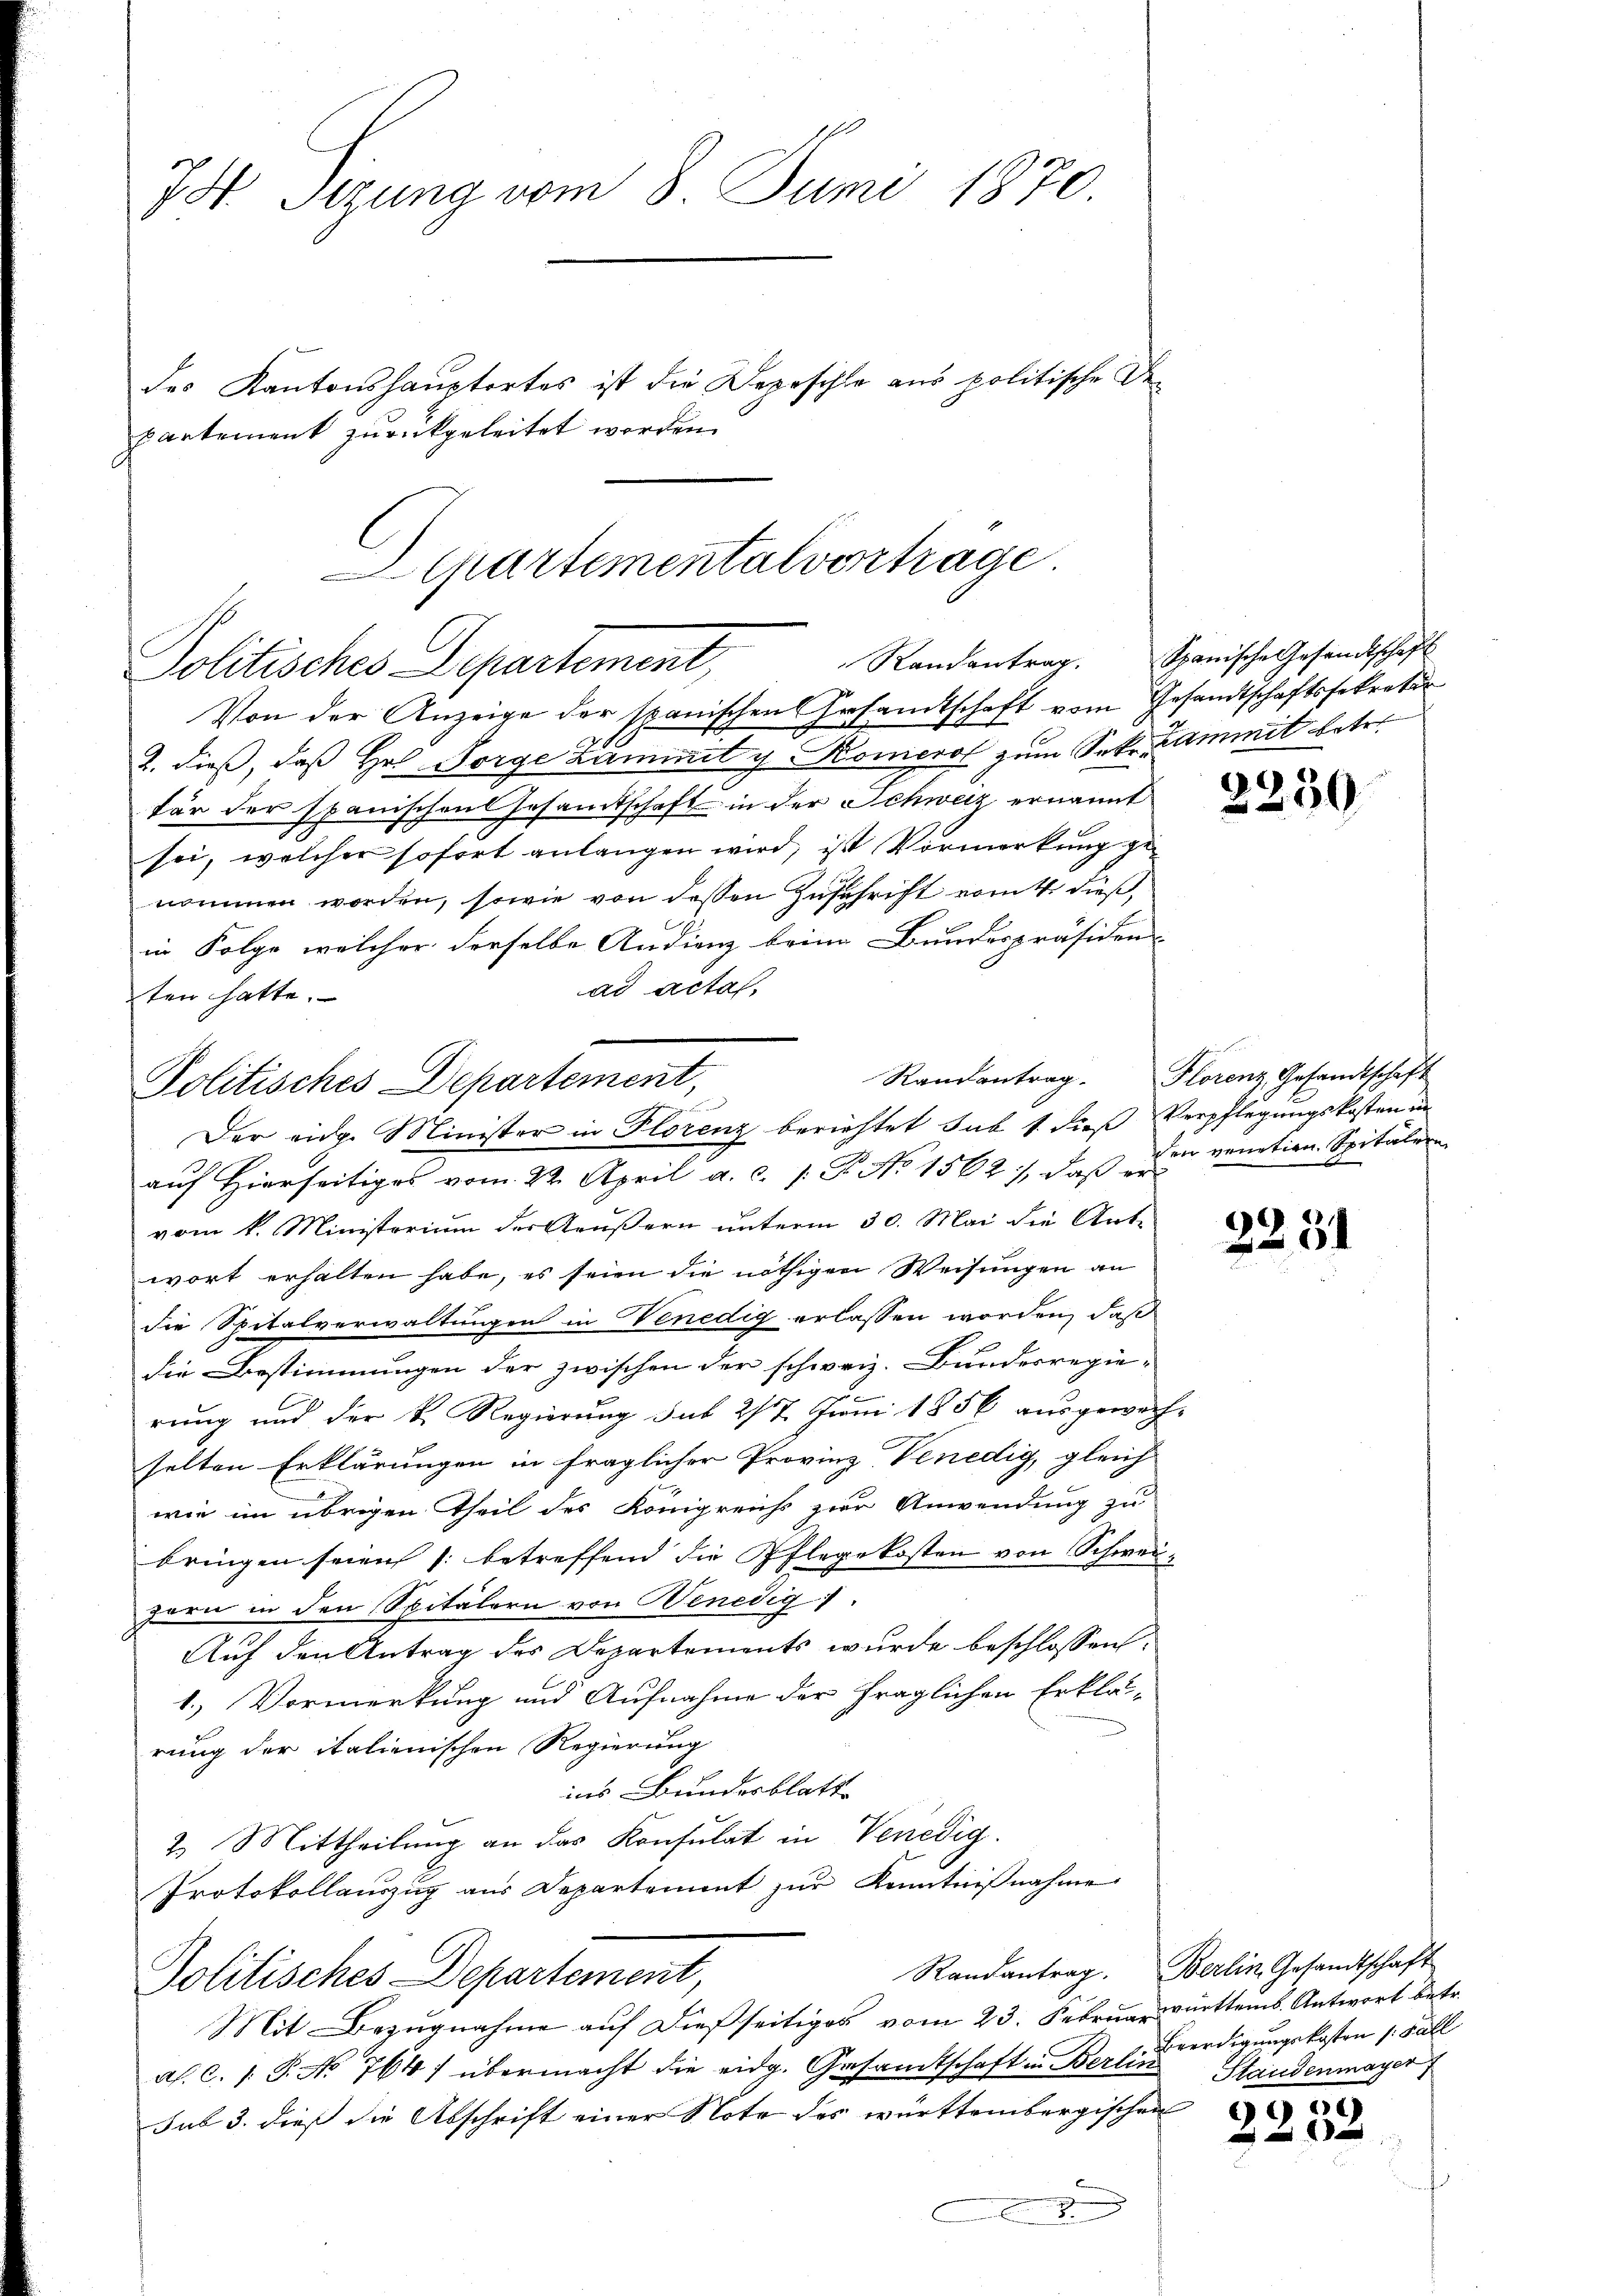
Von der Anzeige der spanischen Gesandtschaft vom Gesandtschaftssekretir
2. dieß, daß Hr. Sorge Lammnet u Komerol zum Sekr. Kammit betre
für der Spanischens Gesamtschaft in der Schweiz ernannt
sei, welcher sofort anlangen wird, ist Vormerkung genommen worden, sowie von dessen Zuschrift vom 4. dieß,
in Folge welcher derselbe Andienz bein Bundespräsiden
ad acta,
ten hatte.
Der eidg. Minister in Plorenz berichtet sub 1 dieß Verpflegungskosten in
auf Hierseitiges vom 22. April a. c. P. No 1562), daß er
vom k. Ministorium der Aeußern unterm 30. Mai die Ante
wort erhalten habe, es seien die nöthigen Weisungen an
die Spitalverwaltungen in Venedig erlassen worden, daß
die Bestimmungen der zwischen der schweiz. Bundesregie-
rung und der k. Regierung sub 277 Juni 1856 ausgewachselten Erklärungen in fraglicher Provinz Venedig, gleich
wie im übrigen Theil des Königreichs zur Anwendung zu
bringen seien (betreffend die Pflegekosten von Schweizern in den Spitälern von Benedig
Auf den Antrag des Departements wurde beschlossen:
1.) Vormerkung und Aufnahme der fraglichen Erklär-
rung der italienischen Regierung
ins Bundesblatt
2. Mittheilung an das Konsulat in Venedig
Protokollauszug aus Departement zur Kenntniβnahme
Randantrag. Berlin Gesandtschaft
Politisches Departement,
Mit Bezugnahme auf dießseitiges vom 23. Februar württemb. Antwort betr.
al. c. s. S. No 764) übermacht die eidg. Gesamtschaft in Berli verdigungskosten 1. Fall
sub 3. dieß die Abschrift einer Note des württembergischen

75 Sizung vom 8. Juni 1870.
des Kantonshauptortes ist die Depeschle aus politische Departement zurückgeleitet worden.

Departementalvertrage
Politisches Departement,

Politisches Departement,

Randantrag. Spanische Gesandtschaft

Randantrag. Florenz, Gesandtschaft
den venetien. Spitälern

2250

2251

Standenmayer

)
e